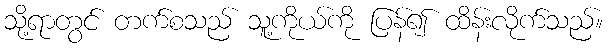
သို့ရာတွင် တက်စသည် သူ့ကိုယ်ကို ပြန်၍ ထိန်းလိုက်သည်။